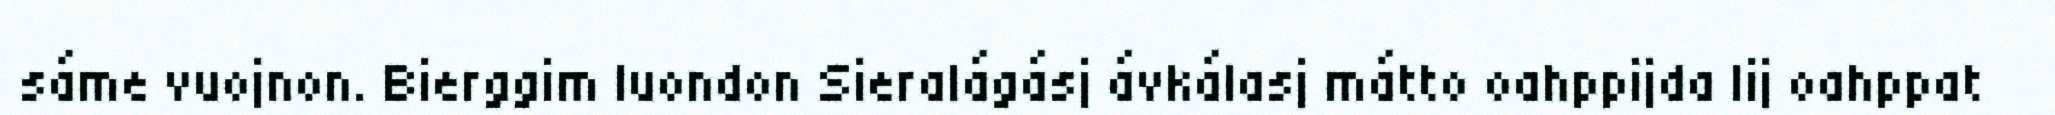
sáme vuojnon. Bierggim luondon Sieralágásj ávkálasj mátto oahppijda lij oahppat